Punjab Mental Hospital Lahore 1922-31 - 1922-1931
Year: 1922
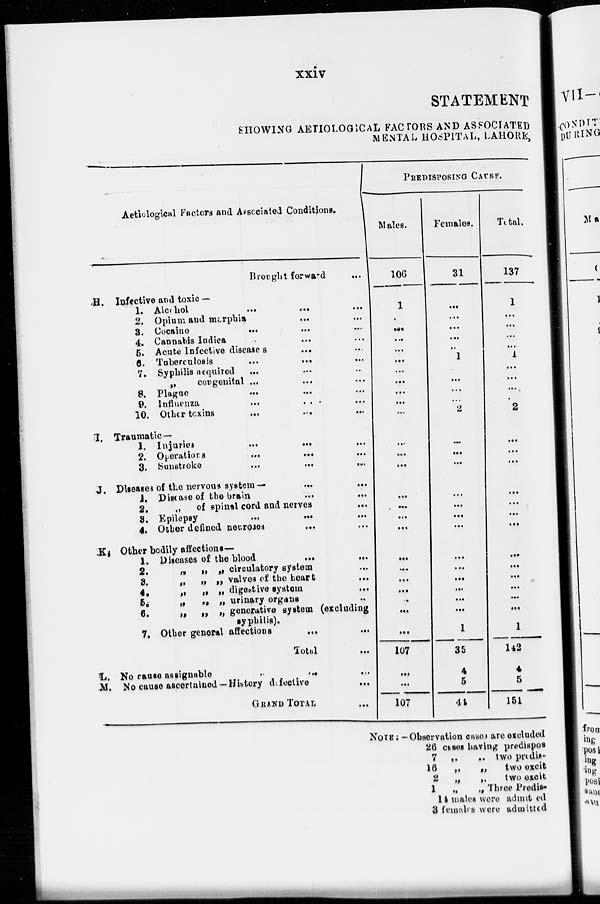
xxiv
STATEMENT
SHOWING AETIOLOGICAL FACTORS AND ASSOCIATED
MENTAL HOSPITAL, LAHORE,
Aetiological Factors and Associated Conditions.
Brought forward
...
H.
I.
J.
K.
Infective and toxic —
1.
2.
3.
4.
5.
6.
7.
8.
9.
10.
Alcohol
...
...
...
Opium and morphia ... ...
Cocaine
...
...
...
Cannabis Indica ... ... ...
Acute Infective diseases ... ...
Tuberculosis
...
...
...
Syphilis acquired ... ... ...
„
congenital ...
...
...
Plague
...
...
...
Influenza
...
...
...
Other toxins
...
...
...
Traumatic—
1.
2.
3.
Injuries
...
...
...
Operations
...
...
...
Sunstroke
...
...
...
Diseases of the nervous system—
...
...
1.
2.
3.
4.
Disease of the brain
...
...
„
of spinal cord and nerves ...
Epilepsy
...
...
...
Other defined neuroses
...
...
Other bodily affections—
1.
2.
3.
4.
5.
6.
7.
Diseases of the blood
...
...
„ „ „ circulatory system ...
„ „ „ valves of the heart ...
„ „ „ digestive system ...
„ „ „ urinary organs ...
„ „ „ generative system (excluding
syphilis).
Other general affections
...
...
Total
...
L.
M.
No cause assignable
...
...
No cause ascertained —History defective
...
GRAND TOTAL ...
PREDISPOSING CAUSE.
Males.
106
1
...
...
...
...
...
...
...
...
...
...
...
...
...
...
...
...
...
...
...
...
...
...
...
...
107
...
...
107
Females.
31
...
...
...
...
...
1
...
...
...
...
2
...
...
...
...
...
...
...
...
...
...
...
...
...
1
35
4
5
44
Total.
137
1
...
...
...
...
1
...
...
...
...
2
...
...
...
...
...
...
...
...
...
...
...
...
...
1
142
4
5
151
NOTE : -Observation cases are excluded
26 cases having predispos
7
16
2
1
„
„
two predis-
„
„
two excit
„
„
two excit
„
„ Three Predis-
14 males were admitted
3 females were admitted